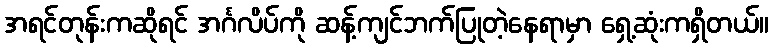
အရင်တုန်းကဆိုရင် အင်္ဂလိပ်ကို ဆန့်ကျင်ဘက်ပြုတဲ့နေရာမှာ ရှေ့ဆုံးကရှိတယ်။